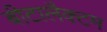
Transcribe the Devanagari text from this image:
बीटालैक्टम